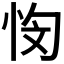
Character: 𭜭